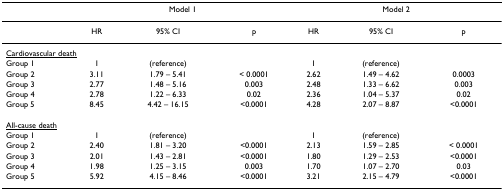
|  | <COLSPAN=3> Model 1 | <COLSPAN=3> Model 2 |
 | --- | --- | --- | --- | --- | --- | --- |
 |  | HR | 95% CI | p | HR | 95% CI | p |
 | <COLSPAN=7> <underline>Cardiovascular death</underline> |
 | Group 1 | 1 | (reference) |  | 1 | (reference) |  |
 | Group 2 | 3.11 | 1.79 – 5.41 | < 0.0001 | 2.62 | 1.49 – 4.62 | 0.0003 |
 | Group 3 | 2.77 | 1.48 – 5.16 | 0.003 | 2.48 | 1.33 – 6.62 | 0.003 |
 | Group 4 | 2.78 | 1.22 – 6.33 | 0.02 | 2.36 | 1.04 – 5.37 | 0.02 |
 | Group 5 | 8.45 | 4.42 – 16.15 | <0.0001 | 4.28 | 2.07 – 8.87 | <0.0001 |
 | <COLSPAN=7> <underline>All-cause death</underline> |
 | Group 1 | 1 | (reference) |  | 1 | (reference) |  |
 | Group 2 | 2.40 | 1.81 – 3.20 | <0.0001 | 2.13 | 1.59 – 2.85 | < 0.0001 |
 | Group 3 | 2.01 | 1.43 – 2.81 | <0.0001 | 1.80 | 1.29 – 2.53 | <0.0001 |
 | Group 4 | 1.98 | 1.25 – 3.15 | 0.003 | 1.70 | 1.07 – 2.70 | 0.03 |
 | Group 5 | 5.92 | 4.15 – 8.46 | <0.0001 | 3.21 | 2.15 – 4.79 | <0.0001 |